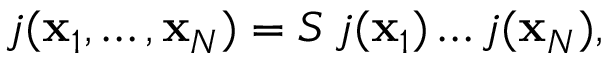
j ( { \bf x } _ { 1 } , \ldots , { \bf x } _ { N } ) = S \, j ( { \bf x } _ { 1 } ) \ldots j ( { \bf x } _ { N } ) ,